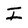
Character: I